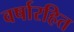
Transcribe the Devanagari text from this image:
वर्षारहित